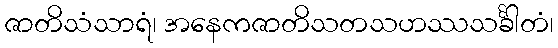
ဇာတိသံသာရံ၊ အနေကဇာတိသတသဟဿသင်္ခါတံ၊